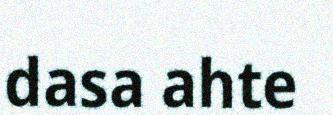
dasa ahte